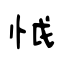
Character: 怴